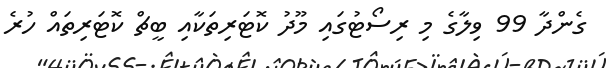
ގެންދާ 99 ވިލާގެ މި ރިސޯޓުގައި މޫދު ކޮޓަރިތަކާއި ބީޗް ކޮޓަރިތައް ހުރެ